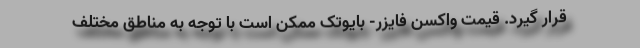
قرار گیرد. قیمت واکسن فایزر- بایوتک ممکن است با توجه به مناطق مختلف